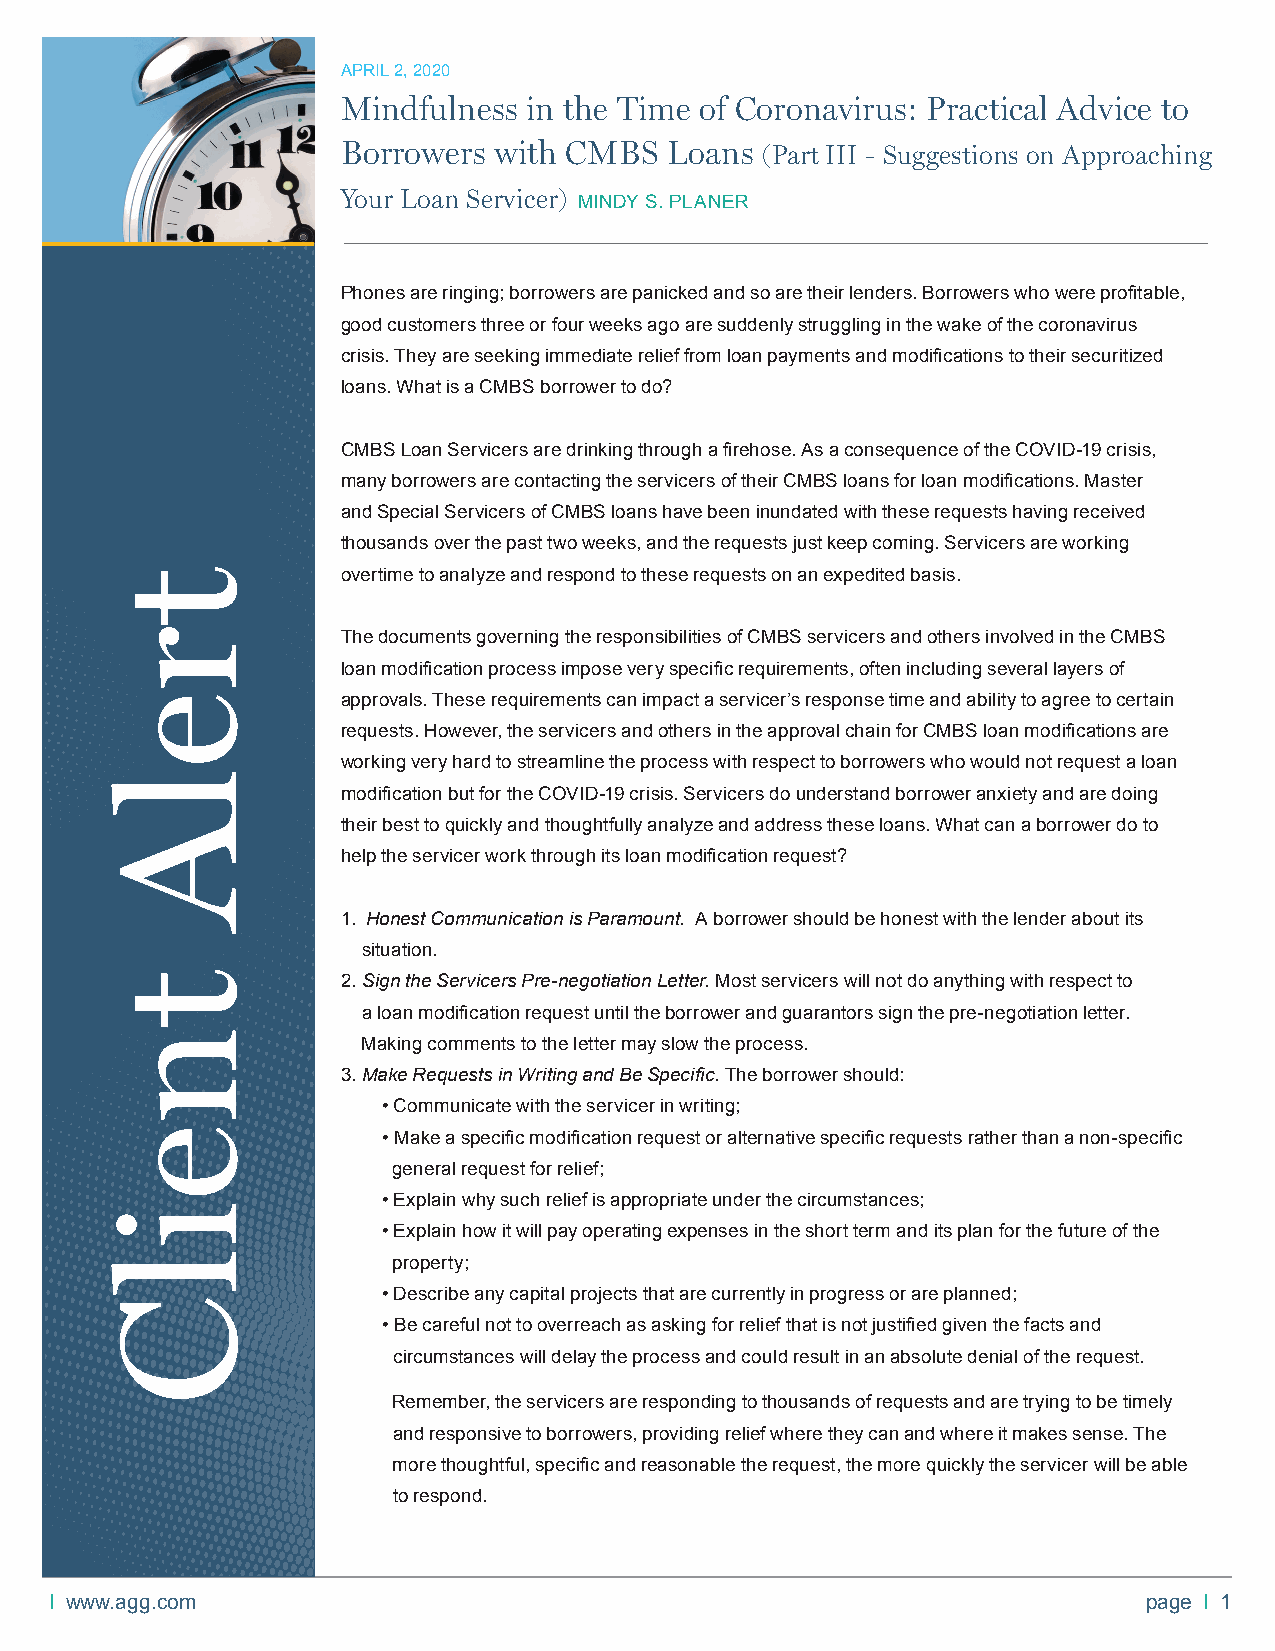
APRIL 2, 2020
 Mindfulness in the Time of Coronavirus: Practical Advice to
 Borrowers with CMBS  Loans (Part III - Suggestions on Approaching
 Your Loan Servicer)
 MINDY S. PLANER
 Phones are ringing; borrowers are panicked and so are their lenders. Borrowers who were profi table,
 good customers three or four weeks ago are suddenly struggling in the wake of the coronavirus
 crisis. They are seeking immediate relief from loan payments and modifi cations to their securitized
 loans. What is a CMBS borrower to do?
 CMBS Loan Servicers are drinking through a fi rehose. As a consequence of the COVID-19 crisis,
 many borrowers are contacting the servicers of their CMBS loans for loan modifi cations. Master
 and Special Servicers of CMBS loans have been inundated with these requests having received
 thousands over the past two weeks, and the requests just keep coming. Servicers are working
 overtime to analyze and respond to these requests on an expedited basis.
 The documents governing the responsibilities of CMBS servicers and others involved in the CMBS
 loan modifi cation process impose very specifi c requirements, often including several layers of
 approvals. These requirements can impact a servicer’s response time and ability to agree to certain
 requests. However, the servicers and others in the approval chain for CMBS loan modifi cations are
 working very hard to streamline the process with respect to borrowers who would not request a loan
 modifi cation but for the COVID-19 crisis. Servicers do understand borrower anxiety and are doing
 their best to quickly and thoughtfully analyze and address these loans. What can a borrower do to
 help the servicer work through its loan modifi cation request?
 1. Honest Communication is Paramount. A borrower should be honest with the lender about its
 situation.
 2. Sign the Servicers Pre-negotiation Letter. Most servicers will not do anything with respect to
 a loan modifi cation request until the borrower and guarantors sign the pre-negotiation letter.
 Making comments to the letter may slow the process.
 3. Make Requests in Writing and Be Specifi c. The borrower should:
 • Communicate with the servicer in writing;
 • Make a specifi c modifi cation request or alternative specifi c requests rather than a non-specifi c
 general request for relief;
 • Explain why such relief is appropriate under the circumstances;
 • Explain how it will pay operating expenses in the short term and its plan for the future of the
 property;
 • Describe any capital projects that are currently in progress or are planned;
 • Be careful not to overreach as asking for relief that is not justifi ed given the facts and
 circumstances will delay the process and could result in an absolute denial of the request.
 Remember, the servicers are responding to thousands of requests and are trying to be timely
 and responsive to borrowers, providing relief where they can and where it makes sense. The
 more thoughtful, specifi c and reasonable the request, the more quickly the servicer will be able
 to respond.
 I www.agg.com                                                            page I 1
 trelA
 tneilC